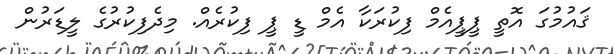
ޤައުމުގަ އޮތީ ޕީޕީއެމް ފިކުރަކާ އެމް ޑީ ޕީ ފިކުރެއް. މިދެފިކުރުގެ ލީޑަރުން